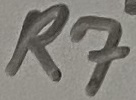
Text: R7